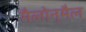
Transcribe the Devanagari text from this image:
मैलोन्‌मैल